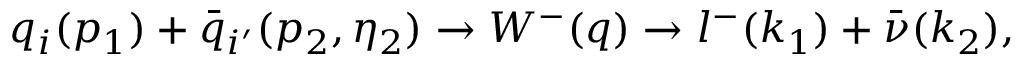
q _ { i } ( p _ { 1 } ) + { \bar { q } } _ { i ^ { \prime } } ( p _ { 2 } , \eta _ { 2 } ) \rightarrow W ^ { - } ( q ) \rightarrow l ^ { - } ( k _ { 1 } ) + { \bar { \nu } } ( k _ { 2 } ) ,